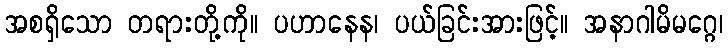
အစရှိသော တရားတို့ကို။ ပဟာနေန၊ ပယ်ခြင်းအားဖြင့်။ အနာဂါမိမဂ္ဂေ၊